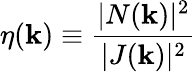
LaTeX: \eta(\mathbf{k})\equiv\frac{|N(\mathbf{k})|^{2}}{|J(\mathbf{k})|^{2}}